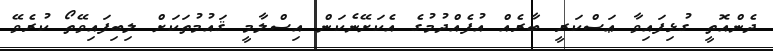
ދެންއޮތީ ގުޅިފައިވާ ޢަސްކަރީ ބާރެއް އުފެއްދުމުގެ އެކަށޭނެކަން އިސްލާމީ ޤައުމުތަކަށް ލިބިފައިވޭތޯ ކުރެވޭ